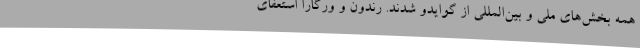
همه بخش‌های ملی و بین‌المللی از گوایدو شدند. رندون و ورگارا استعفای